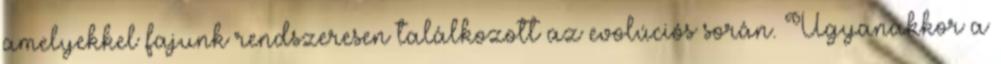
amelyekkel fajunk rendszeresen találkozott az evolúciós során. Ugyanakkor a